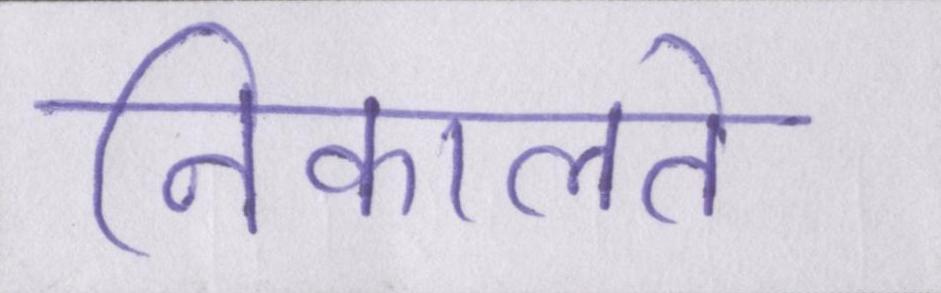
निकालते